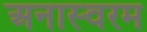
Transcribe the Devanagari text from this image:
अनास्वरम